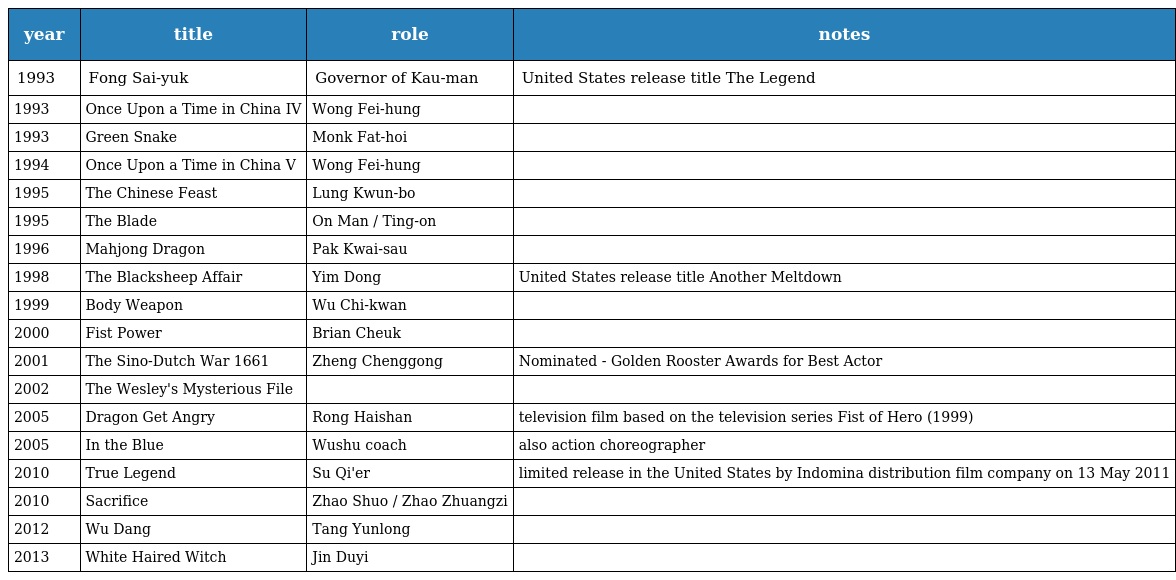
| year | title | role | notes |
 | --- | --- | --- | --- |
 | 1993 | Fong Sai-yuk | Governor of Kau-man | United States release title The Legend |
 | 1993 | Once Upon a Time in China IV | Wong Fei-hung |  |
 | 1993 | Green Snake | Monk Fat-hoi |  |
 | 1994 | Once Upon a Time in China V | Wong Fei-hung |  |
 | 1995 | The Chinese Feast | Lung Kwun-bo |  |
 | 1995 | The Blade | On Man / Ting-on |  |
 | 1996 | Mahjong Dragon | Pak Kwai-sau |  |
 | 1998 | The Blacksheep Affair | Yim Dong | United States release title Another Meltdown |
 | 1999 | Body Weapon | Wu Chi-kwan |  |
 | 2000 | Fist Power | Brian Cheuk |  |
 | 2001 | The Sino-Dutch War 1661 | Zheng Chenggong | Nominated - Golden Rooster Awards for Best Actor |
 | 2002 | The Wesley's Mysterious File |  |  |
 | 2005 | Dragon Get Angry | Rong Haishan | television film based on the television series Fist of Hero (1999) |
 | 2005 | In the Blue | Wushu coach | also action choreographer |
 | 2010 | True Legend | Su Qi'er | limited release in the United States by Indomina distribution film company on 13 May 2011 |
 | 2010 | Sacrifice | Zhao Shuo / Zhao Zhuangzi |  |
 | 2012 | Wu Dang | Tang Yunlong |  |
 | 2013 | White Haired Witch | Jin Duyi |  |